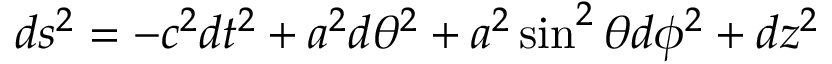
d s ^ { 2 } = - c ^ { 2 } d t ^ { 2 } + a ^ { 2 } d \theta ^ { 2 } + a ^ { 2 } \sin ^ { 2 } \theta d \phi ^ { 2 } + d z ^ { 2 }